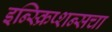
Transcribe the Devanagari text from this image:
इन्स्क्रिप्शन्सचा